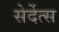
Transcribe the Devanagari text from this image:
सेर्देत्स